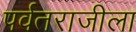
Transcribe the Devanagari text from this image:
पर्वतराजीला